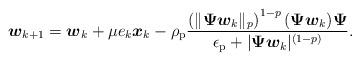
LaTeX: \begin{align*}\boldsymbol{w}_{k+1} = \boldsymbol{w}_k + \mu e_k \boldsymbol{x}_k- \rho_{\rm p} \frac{ \left( \| \boldsymbol{\Psi} \boldsymbol{w}_k\|_{p} \right)^{1-p} (\boldsymbol{\Psi}\boldsymbol{w}_k ) \boldsymbol{\Psi}} {\epsilon_{\rm p} + |\boldsymbol{\Psi} \boldsymbol{w}_k |^{(1-p)}}.\end{align*}